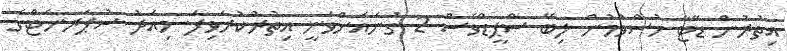
އިތުރުން ޑޭޓާ ހުސްވުމުން ލިބޭ ސްޕީޑްވެސް 2 ގުނައަށްވަނީ އިތުރުކުރެވިފަ. މިއަދު ސުޕަރނެޓްގެ